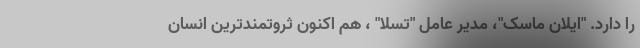
را دارد. "ایلان ماسک"، مدیر عامل "تسلا" ، هم اکنون ثروتمندترین انسان